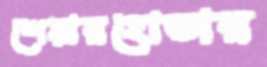
শেয়ারহোল্ডার